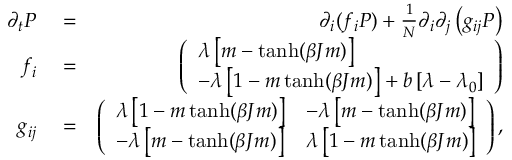
\begin{array} { r l r } { \partial _ { t } P } & { { } = } & { \partial _ { i } ( f _ { i } P ) + \frac { 1 } { N } \partial _ { i } \partial _ { j } \left( g _ { i j } P \right) } \\ { f _ { i } } & { { } = } & { \left( \begin{array} { l } { \lambda \left[ m - \operatorname { t a n h } ( \beta J m ) \right] } \\ { - \lambda \left[ 1 - m \operatorname { t a n h } ( \beta J m ) \right] + b \left[ \lambda - \lambda _ { 0 } \right] } \end{array} \right) } \\ { g _ { i j } } & { { } = } & { \left( \begin{array} { l l } { \lambda \left[ 1 - m \operatorname { t a n h } ( \beta J m ) \right] } & { - \lambda \left[ m - \operatorname { t a n h } ( \beta J m ) \right] } \\ { - \lambda \left[ m - \operatorname { t a n h } ( \beta J m ) \right] } & { \lambda \left[ 1 - m \operatorname { t a n h } ( \beta J m ) \right] } \end{array} \right) , } \end{array}